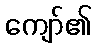
ကျော်၏